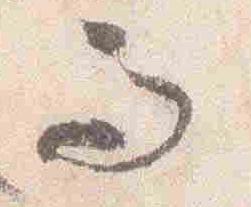
而